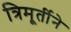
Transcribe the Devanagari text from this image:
त्रिमूर्तीने